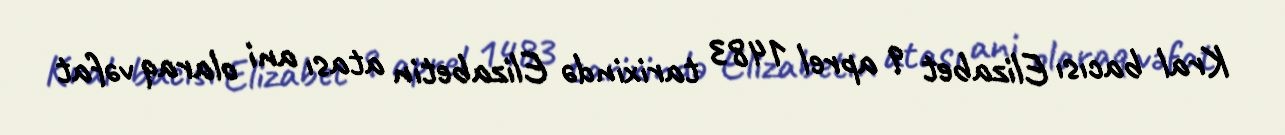
Kral bacısı Elizabet 9 aprel 1483 tarixində Elizabetin atası ani olaraq vəfat